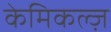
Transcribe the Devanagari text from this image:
केमिकल्ज़